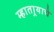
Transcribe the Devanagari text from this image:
म्हातार्‍याचे